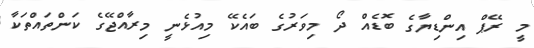
މީ ރޭޕް އިންޑިޔާގެ ބޮޑެއް ދޯ މިވަރުގެ ބައެކޭ މިއުޅެނީ މިރާއްޖޭގެ ކަންތައްތަކާ